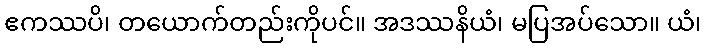
ဧကဿပိ၊ တယောက်တည်းကိုပင်။ အဒဿနိယံ၊ မပြအပ်သော။ ယံ၊